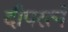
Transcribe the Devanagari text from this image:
दीपरत्ने